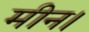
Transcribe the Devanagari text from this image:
मीन।